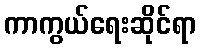
ကာကွယ်ရေးဆိုင်ရာ